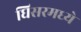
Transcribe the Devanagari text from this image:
घिसरमध्ये